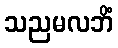
သညမလဘိံ